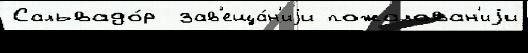
Сальвадо́р  зав'еща́н'иjи пожалован'иjи